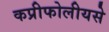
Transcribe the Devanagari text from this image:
कप्रीफोलीयसे